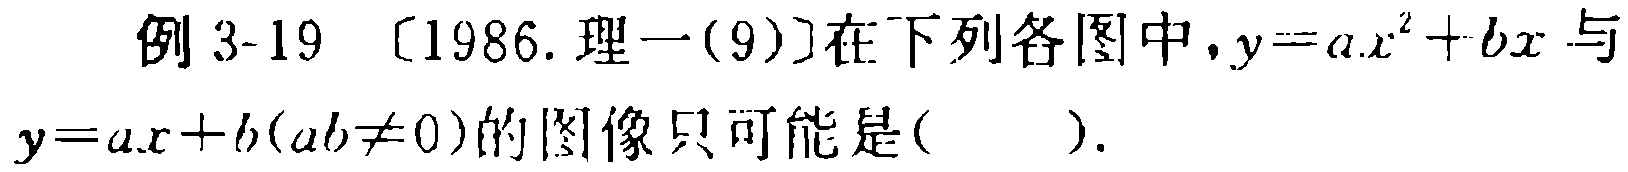
例 3-19 〔1986. 理一(9)〕在下列各图中，$y = ax^{2}+bx$ 与 $y = ax + b(ab\neq0)$ 的图像只可能是( )．